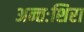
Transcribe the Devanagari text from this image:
अन्तःशिरा